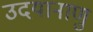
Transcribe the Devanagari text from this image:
उदयानाणु